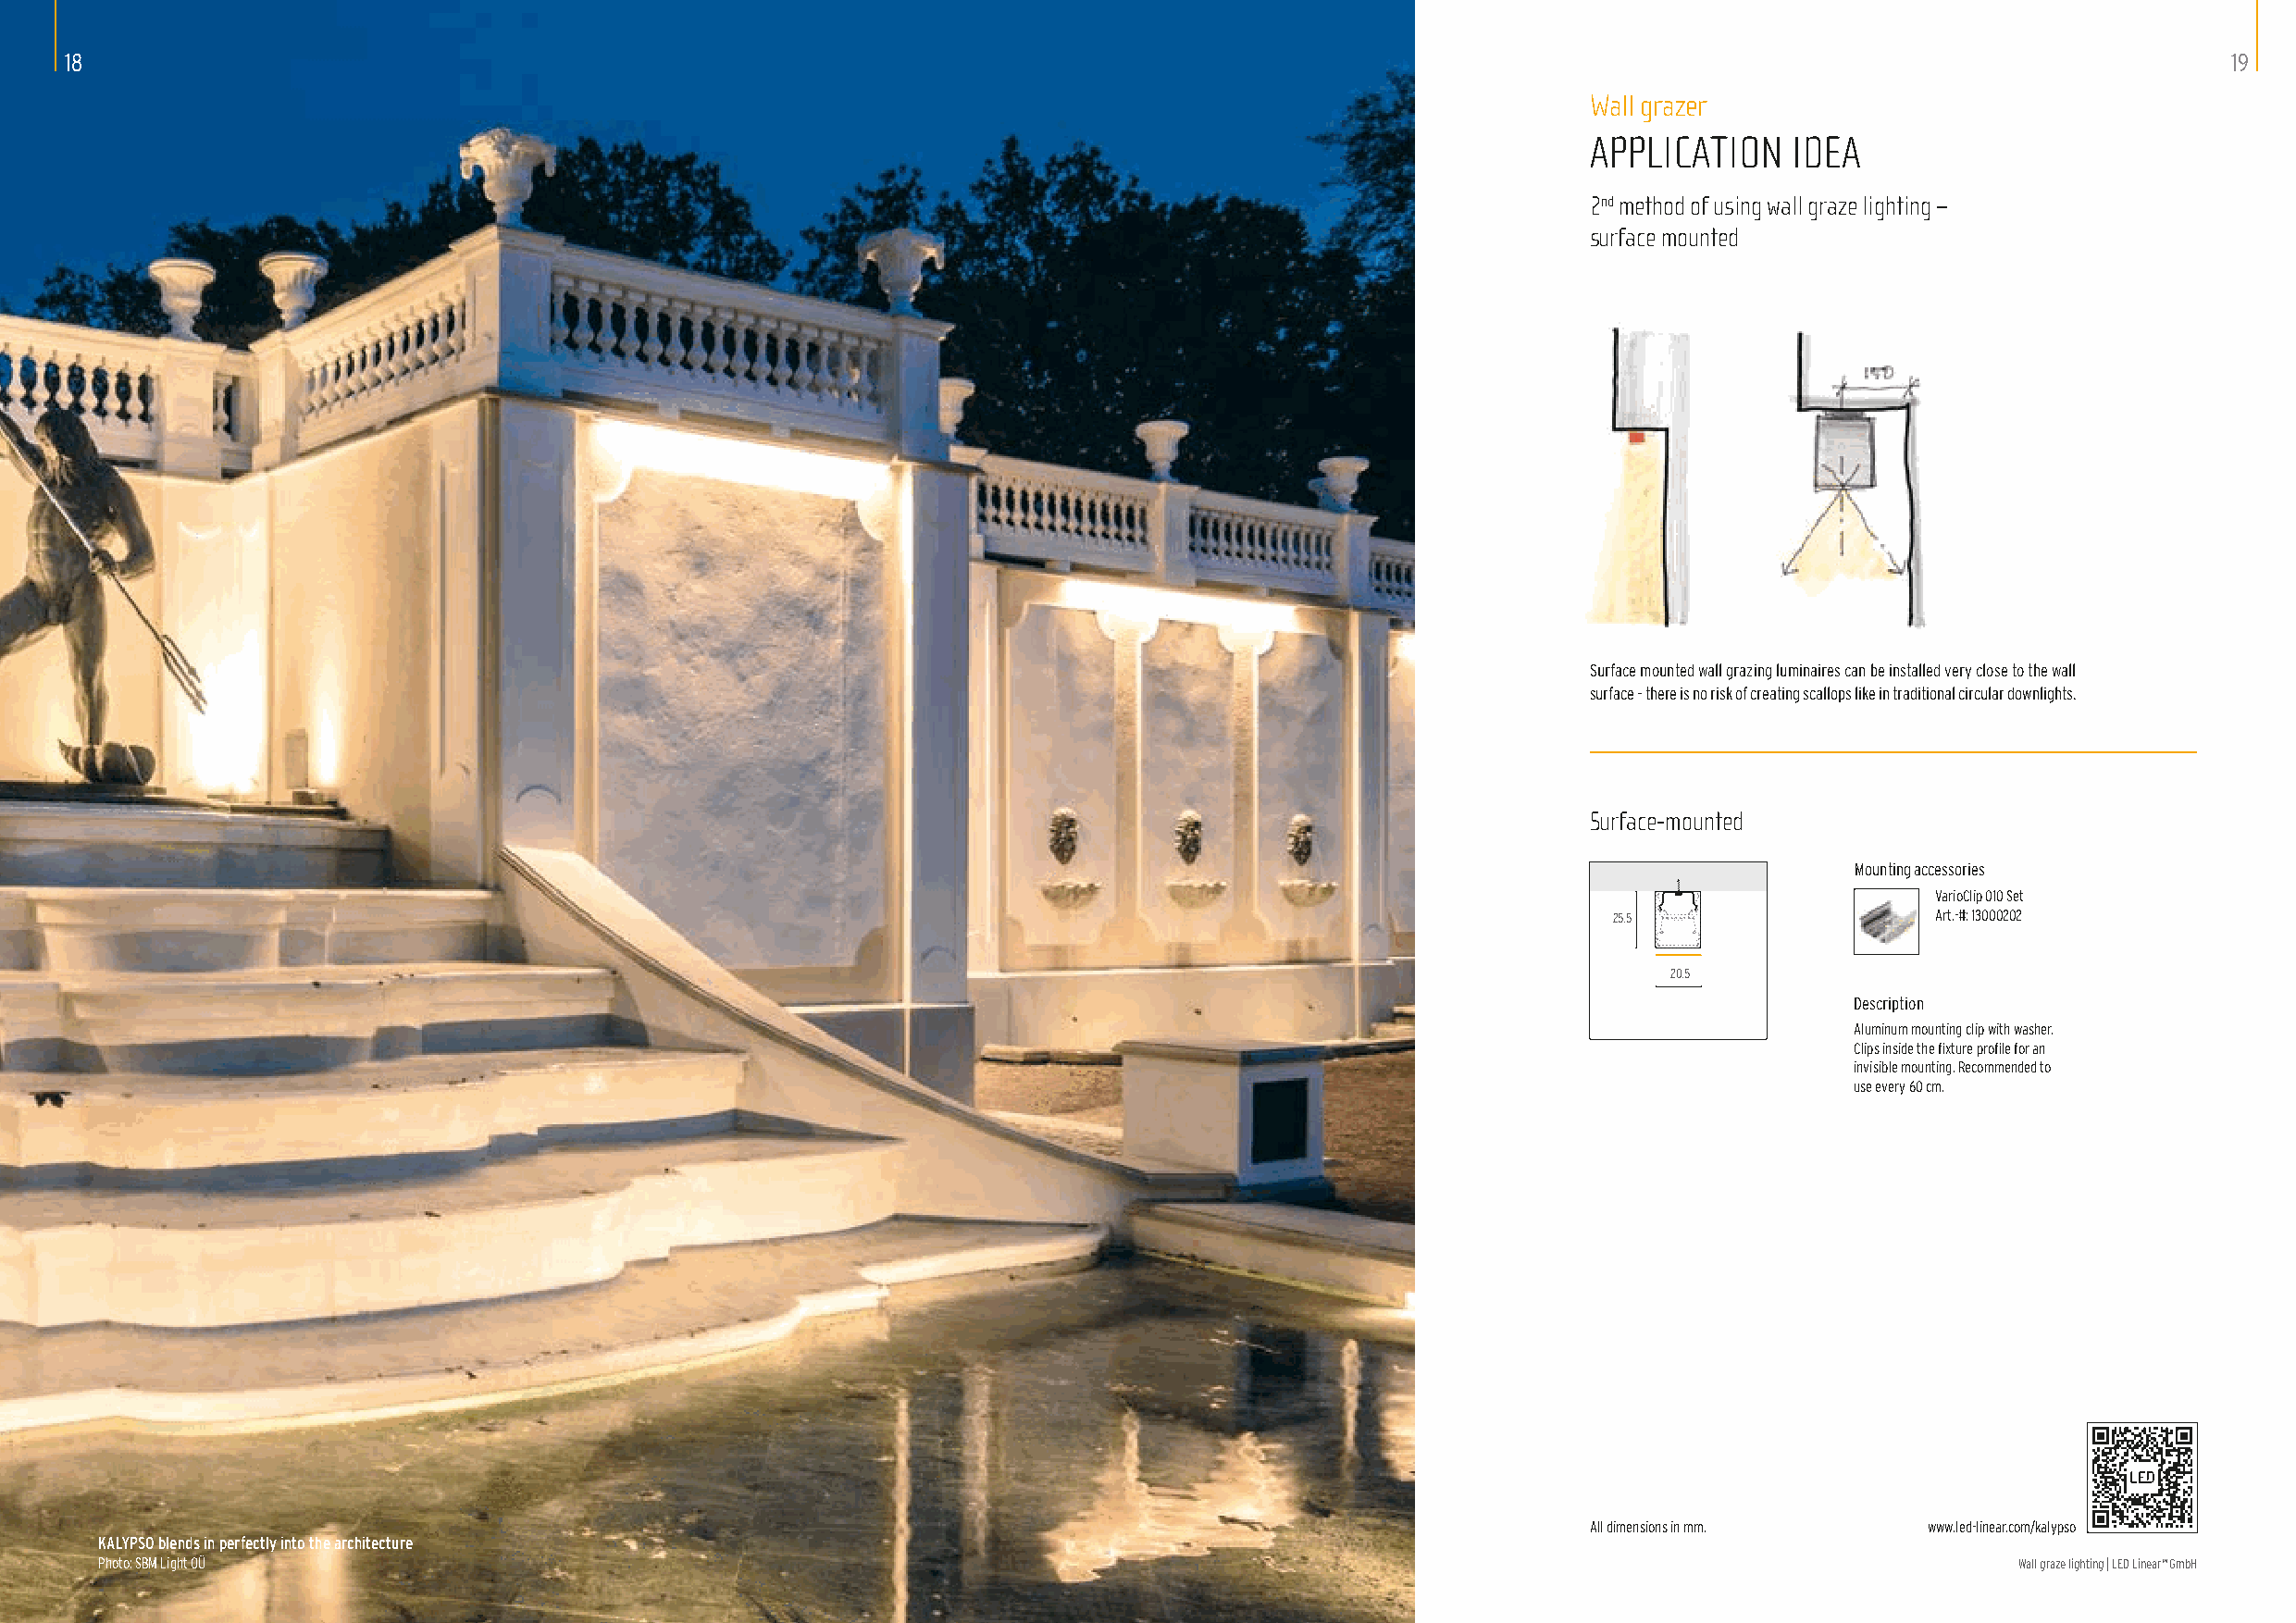
18                                                                                                                                                         19
 Wall grazer
 APPLICATION   IDEA
 2nd method of using wall graze lighting –
 surface mounted
 Surface mounted wall grazing luminaires can be installed very close to the wall
 surface – there is no risk of creating scallops like in traditional circular downlights.
 Surface-mounted
 Mounting accessories
 VarioClip 010 Set
 25.5                   Art.-#: 13000202
 20.5
 Description
 Aluminum mounting clip with washer.
 Clips inside the fixture profile for an
 invisible mounting. Recommended to
 use every 60 cm.
 All dimensions in mm.   www.led-linear.com/kalypso
 KALYPSO blends in perfectly into the architecture
 Photo: SBM Light OÜ                                                                                                                      Wall graze lighting | LED Linear™ GmbH